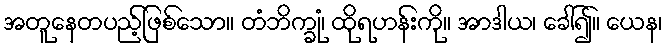
အတူနေတပည့်ဖြစ်သော။ တံဘိက္ခုံ၊ ထိုရဟန်းကို။ အာဒါယ၊ ခေါ်၍။ ယေန၊